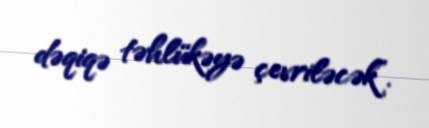
dəqiqə təhlükəyə çevriləcək”.